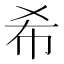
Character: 希